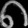
Digit: ၈